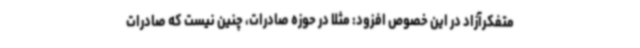
متفکرآزاد در این خصوص افزود: مثلا در حوزه صادرات، چنین نیست که صادرات